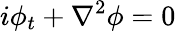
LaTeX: i\phi_{t}+\nabla^{2}\phi=0